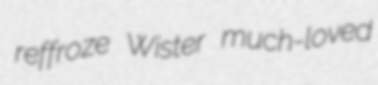
reffroze Wister much-loved